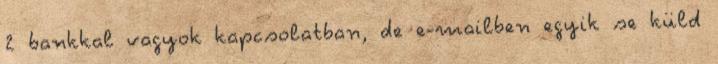
2 bankkal vagyok kapcsolatban, de e-mailben egyik se küld